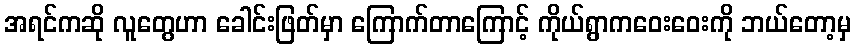
အရင်ကဆို လူတွေဟာ ခေါင်းဖြတ်မှာ ကြောက်တာကြောင့် ကိုယ်ရွာကဝေးဝေးကို ဘယ်တော့မှ